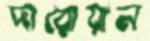
দারোয়ান